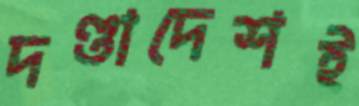
দণ্ডাদেশই